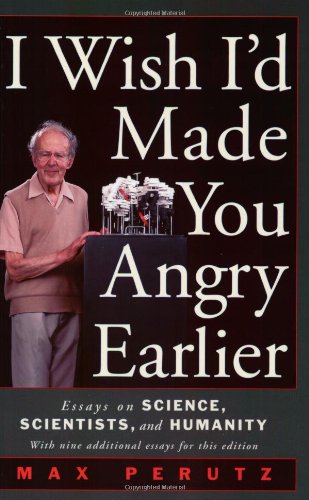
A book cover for I Wish I'd Made You Angry Earlier: Essays on Science, Scientists, and Humanity (Science & Society); Max F. Perutz; Science & Math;